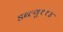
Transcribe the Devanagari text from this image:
डब्ल्यु११४